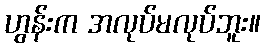
ဟွန်းက အလုပ်မလုပ်ဘူး။